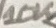
Text: 10K